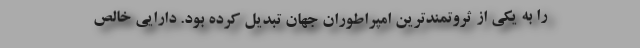
را به یکی از ثروتمندترین امپراطوران جهان تبدیل کرده بود. دارایی خالص